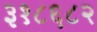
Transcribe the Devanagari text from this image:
३१८६८२